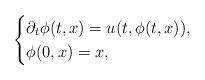
LaTeX: \begin{align*} \begin{cases} \partial_t \phi(t,x) = u(t,\phi(t,x)), \\ \phi(0,x)=x, \end{cases}\end{align*}